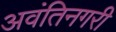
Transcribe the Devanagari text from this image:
अवंतिनगरी